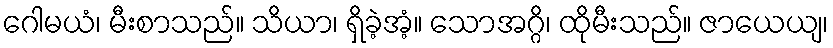
ဂေါမယံ၊ မီးစာသည်။ သိယာ၊ ရှိခဲ့အံ့။ သောအဂ္ဂိ၊ ထိုမီးသည်။ ဇာယေယျ၊